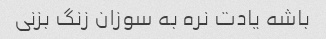
باشه یادت نره به سوزان زنگ بزنی